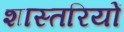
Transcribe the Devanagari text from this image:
शास्तरियों